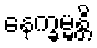
နေက္ခမ္မန္တိ